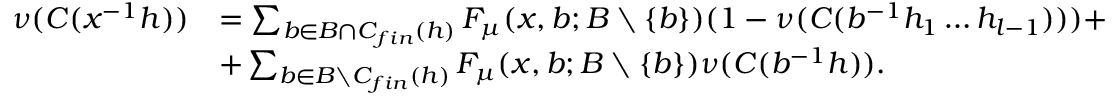
\begin{array} { r l } { \nu ( C ( x ^ { - 1 } h ) ) } & { = \sum _ { b \in B \cap C _ { f i n } ( h ) } F _ { \mu } ( x , b ; B \setminus \{ b \} ) ( 1 - \nu ( C ( b ^ { - 1 } h _ { 1 } \dots h _ { l - 1 } ) ) ) + } \\ & { + \sum _ { b \in B \setminus C _ { f i n } ( h ) } F _ { \mu } ( x , b ; B \setminus \{ b \} ) \nu ( C ( b ^ { - 1 } h ) ) . } \end{array}